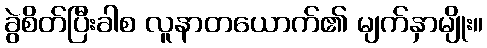
ခွဲစိတ်ပြီးခါစ လူနာတယောက်၏ မျက်နှာမျိုး။